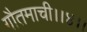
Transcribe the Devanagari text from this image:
गौतमाची।।४।।